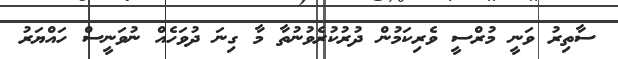
ސާތިރު ވަނީ މުރްސީ ވެރިކަމުން ދުރުކުރެވުނުތާ މާ ގިނަ ދުވަހެއް ނުވަނީސް ހައްޔަރު